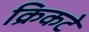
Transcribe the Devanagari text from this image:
क्रिकटे